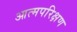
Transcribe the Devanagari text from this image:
आत्मपरिक्षण